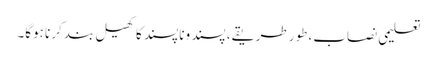
تعلیمی نصاب، طور طریقے، پسند وناپسند کا کھیل بند کرنا ہوگا۔